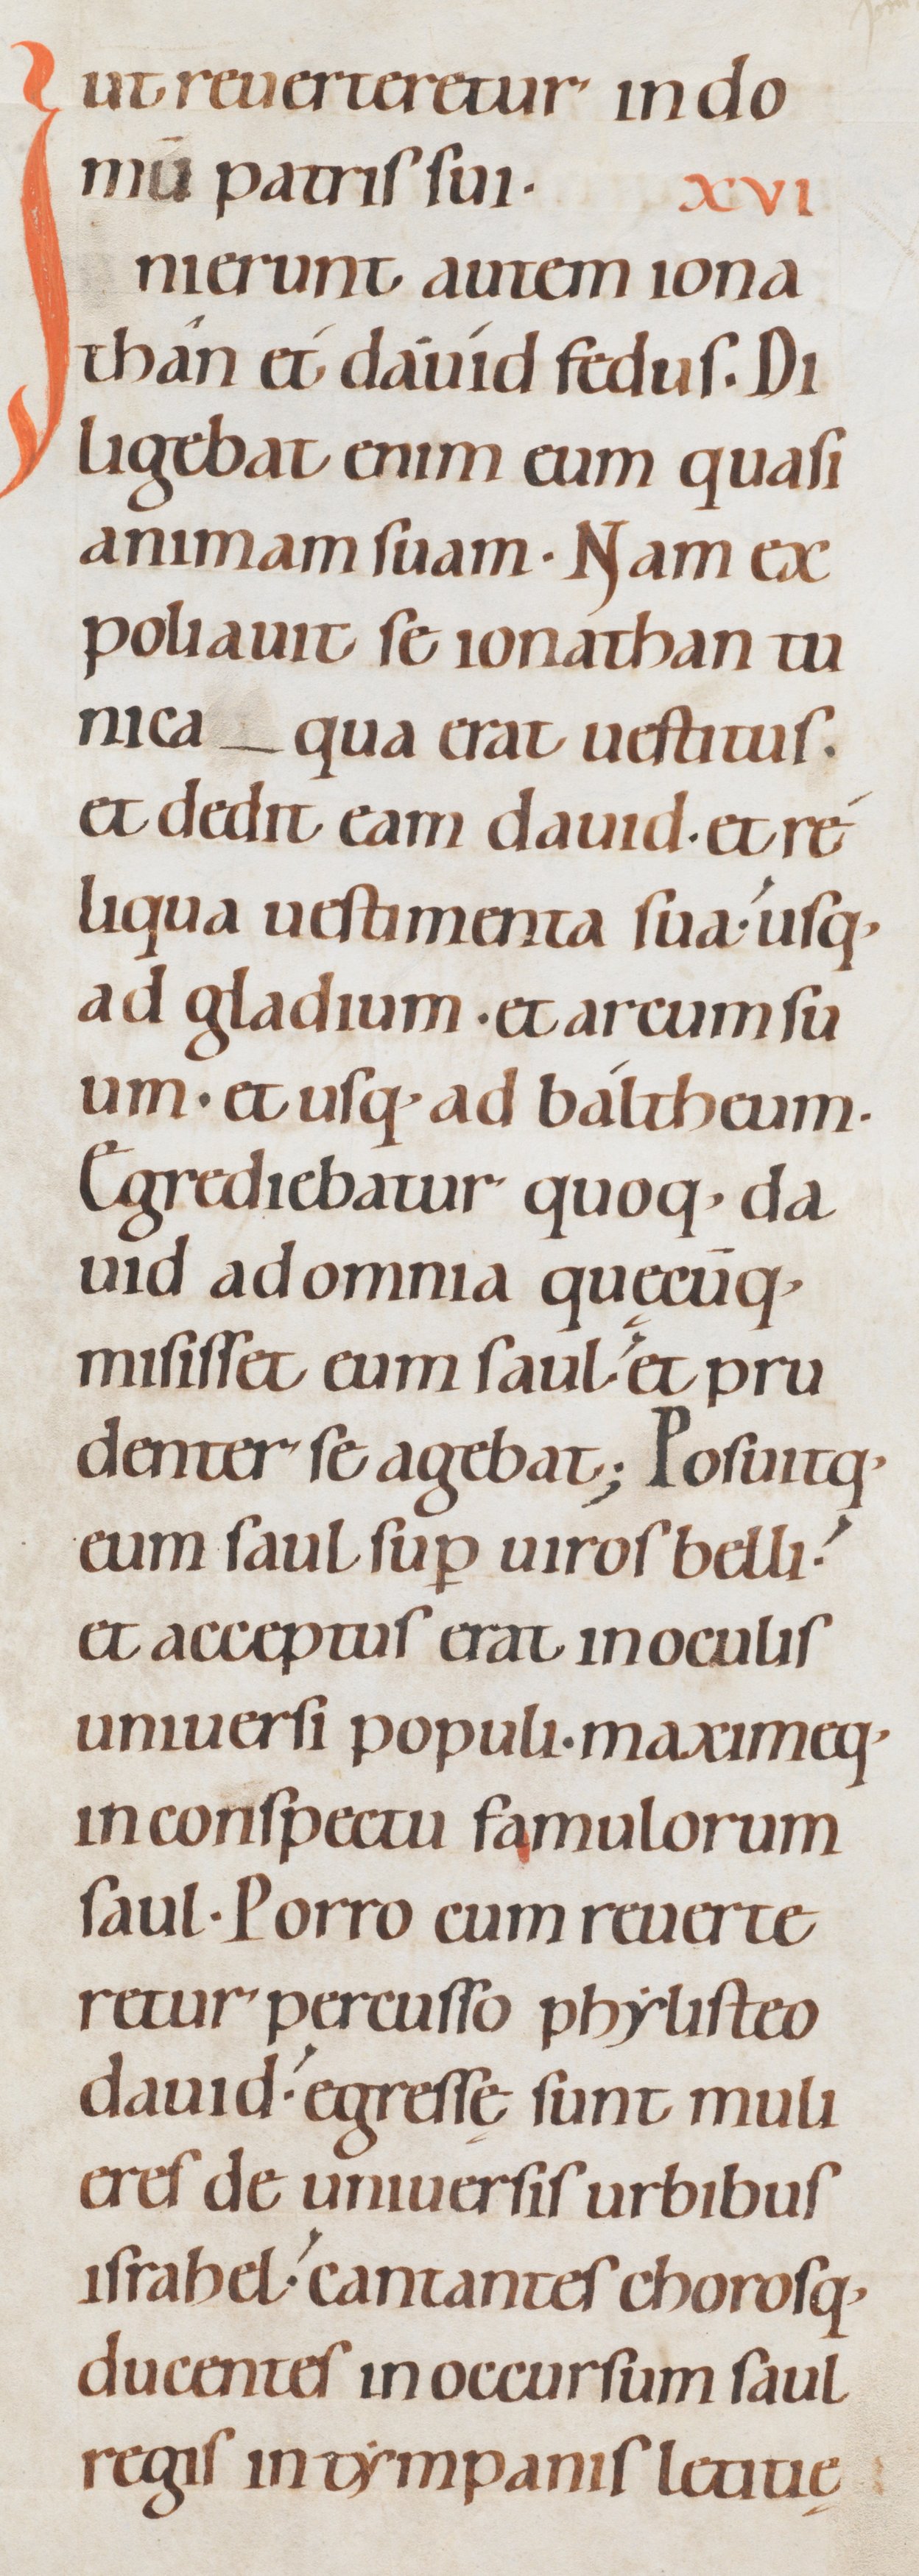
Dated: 1080–1096